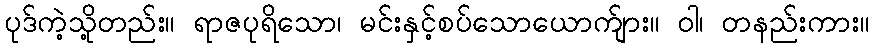
ပုဒ်ကဲ့သို့တည်း။ ရာဇပုရိသော၊ မင်းနှင့်စပ်သောယောက်ျား။ ဝါ၊ တနည်းကား။